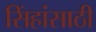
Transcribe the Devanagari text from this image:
सिंहांसाठी